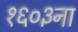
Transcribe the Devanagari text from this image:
१६०३ना